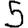
Digit: 5